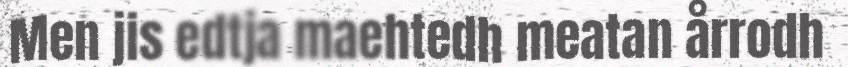
Men jis edtja maehtedh meatan årrodh